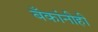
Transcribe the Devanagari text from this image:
बँकांनीही